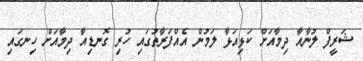
ޝަރީފް ލުނާއާ ދިމާއަށް ކަޅިއަޅާ ލަމުން އެއްފަރާތުގައި ހުރި ގޮނޑިއާ ދިމާއަށް ހިނގައި